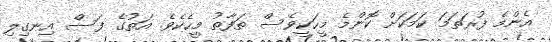
އެންމެ ފުރަތަމަ ކަމަކަށް ކޮންމެ މީހަކީވެސް ތަފާތު މީހެކެވެ. އަތުގެ ފަސް އިނގިލި